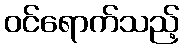
ဝင်ရောက်သည့်